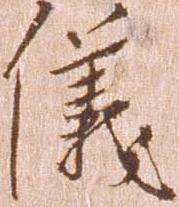
儀